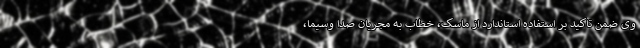
وی ضمن تاکید بر استفاده استاندارد از ماسک، خطاب به مجریان صدا وسیما،